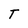
Character: T